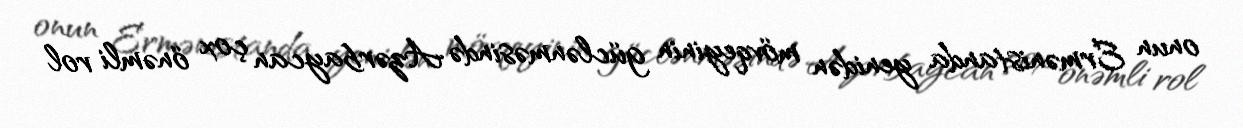
onun Ermənistanda yenidən mövqeyinin güclənməsində Azərbaycan çox önəmli rol